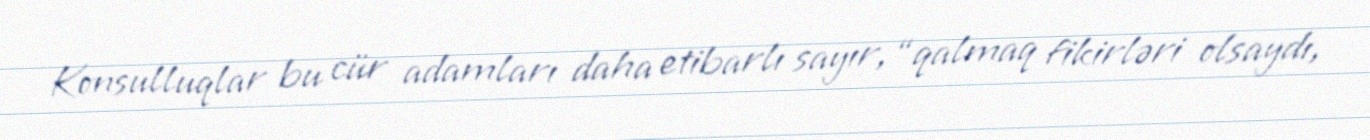
Konsulluqlar bu cür adamları daha etibarlı sayır, “qalmaq fikirləri olsaydı,